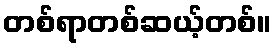
တစ်ရာတစ်ဆယ့်တစ်။